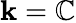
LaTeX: \mathbf{k}=\mathbb{{C}}